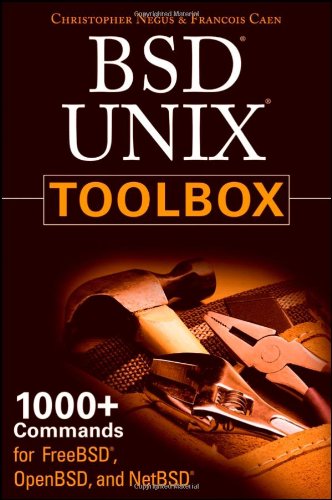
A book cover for BSD UNIX Toolbox: 1000+ Commands for FreeBSD, OpenBSD and NetBSD; Christopher Negus; Computers & Technology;